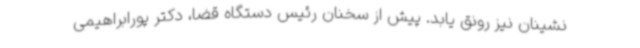
نشینان نیز رونق یابد. پیش از سخنان رئیس دستگاه قضا، دکتر پورابراهیمی